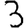
Digit: 3